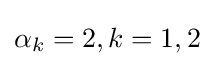
\alpha _{k}=2,k=1,2